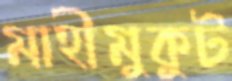
মাহীমুকুট